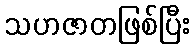
သဟဇာတဖြစ်ပြီး